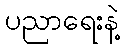
ပညာရေးနဲ့